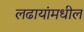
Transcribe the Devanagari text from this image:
लढायांमधील